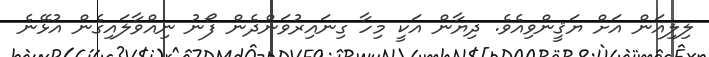
ލިލިއަން އަށް ޔަޤީންވިއެވެ. ދިޔާން އަކީ މިހާ ގިނައިރުވަންދެން ފޯނު ނިއްވާލައިގެން އުޅޭނެ